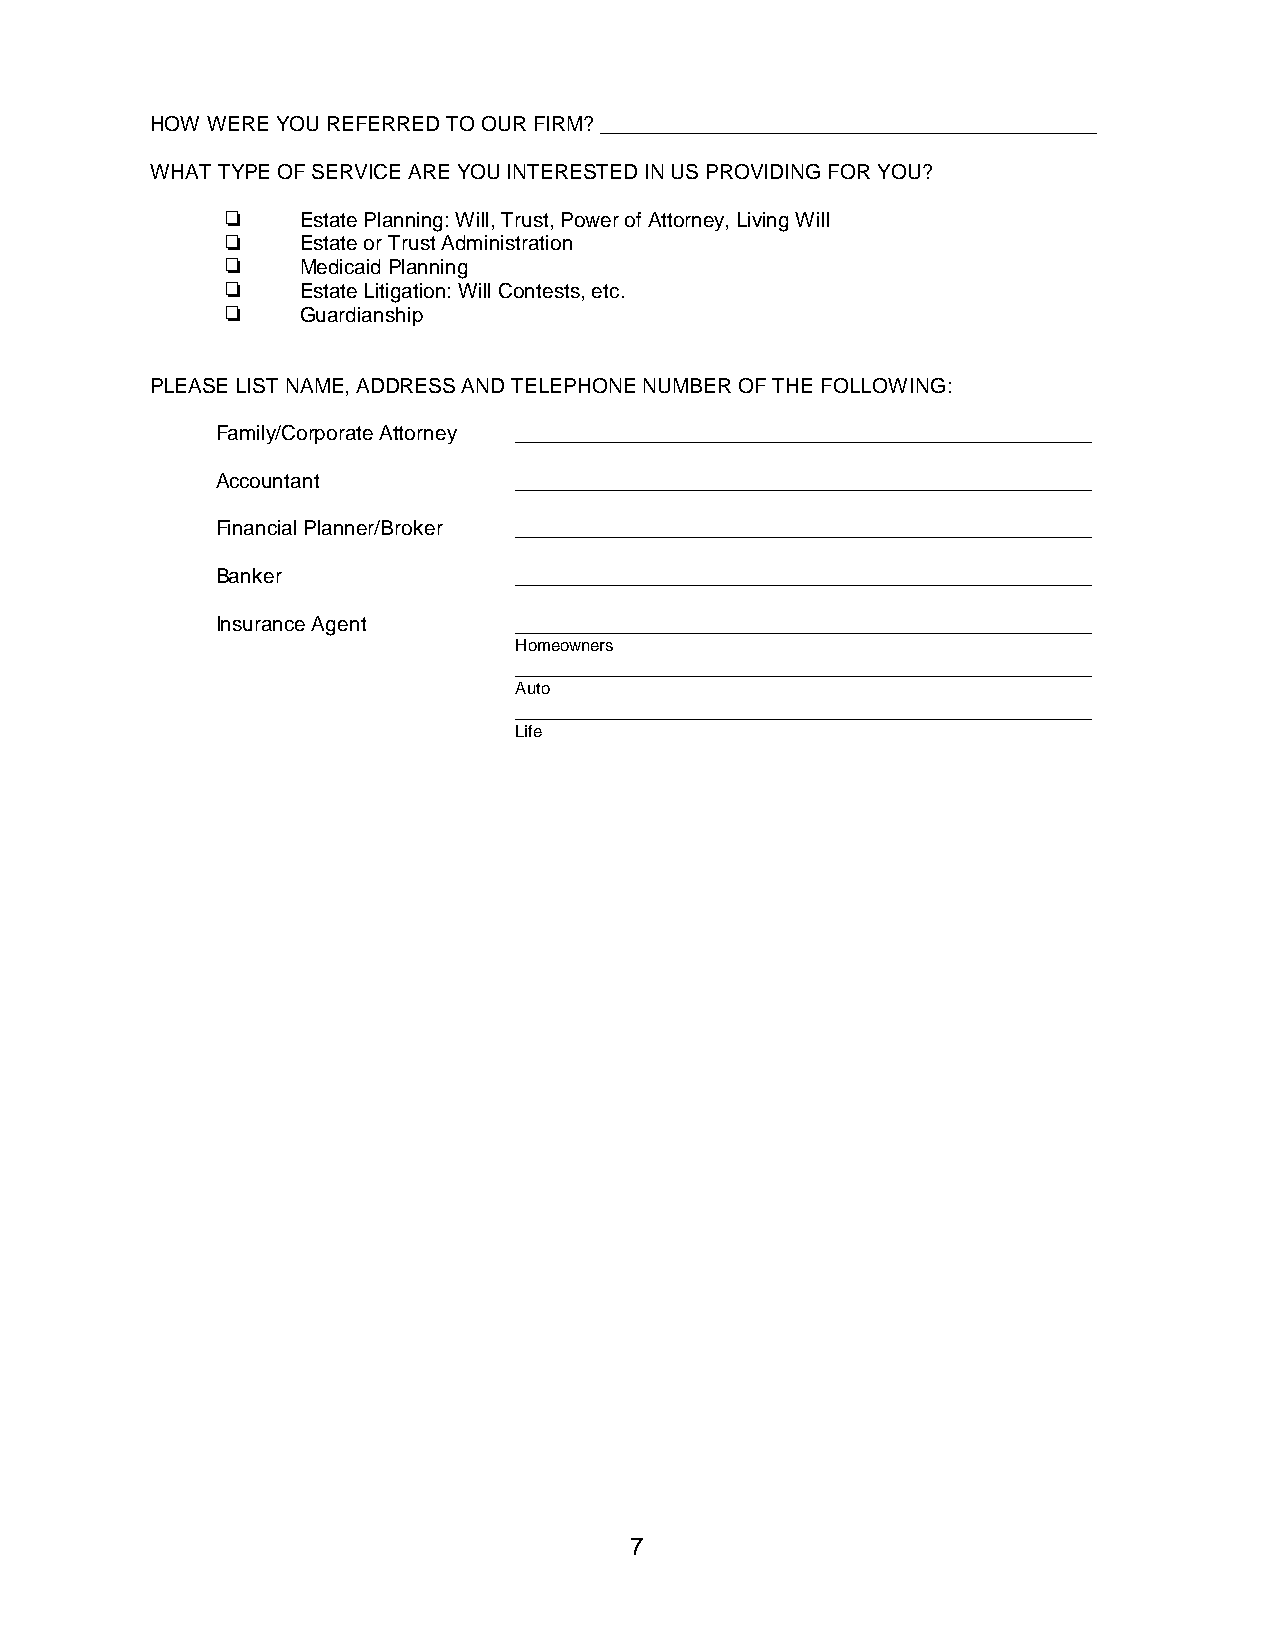
HOW WERE YOU REFERRED TO OUR FIRM? ___________________________________________
 WHAT TYPE OF SERVICE ARE YOU INTERESTED IN US PROVIDING FOR YOU?
     Estate Planning: Will, Trust, Power of Attorney, Living Will
     Estate or Trust Administration
     Medicaid Planning
     Estate Litigation: Will Contests, etc.
     Guardianship
 PLEASE LIST NAME, ADDRESS AND TELEPHONE NUMBER OF THE FOLLOWING:
 Family/Corporate Attorney __________________________________________________
 Accountant          __________________________________________________
 Financial Planner/Broker __________________________________________________
 Banker              __________________________________________________
 Insurance Agent     __________________________________________________
 Homeowners
 __________________________________________________
 Auto
 __________________________________________________
 Life
 7